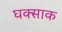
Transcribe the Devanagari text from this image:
घक्साक